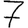
Digit: 7